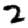
Digit: 2